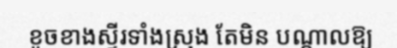
ខូចខាងស្ទីរទាំងស្រុង តែមិន បណ្តាលឱ្យ